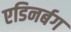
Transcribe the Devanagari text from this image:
एडिनर्बग